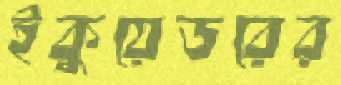
ইকুয়েডরের